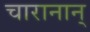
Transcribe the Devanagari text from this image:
चारानान्